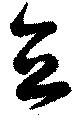
立